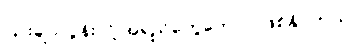
ပြားချပ်လွန်းလို့ အရည်တွေတောင် ဖြစ်နိုင်တယ်။